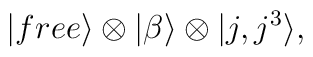
|free\rangle \otimes |\beta\rangle\otimes |j,j^3\rangle,